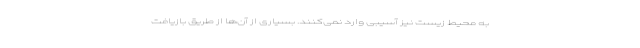
به محیط زیست نیز آسیبی وارد نمی‌کنند. بسیاری از آن‌ها از طریق بازیافت